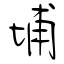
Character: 埔